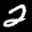
Label: 2